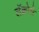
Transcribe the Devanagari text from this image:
लॅक्रोसे